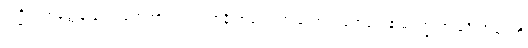
ဒက္ခိဏဟတ္ထေန ခုရံ ဂဟေတွာ ပါဒတလာနိ ဖာလေတွာ လောဏတေလေန မက္ခေတွာ ခဒိရင်္ဂါရေဟိ